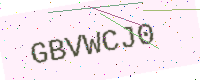
Text: GBVWCJ0